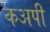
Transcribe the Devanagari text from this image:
कअपी